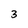
Character: 3